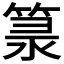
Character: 𥯐